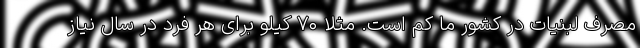
مصرف لبنیات در کشور ما کم است. مثلا ۷۰ کیلو برای هر فرد در سال نیاز